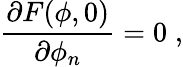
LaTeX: \frac{\partial F(\phi,0)}{\partial\phi_{n}}=0\; ,